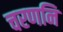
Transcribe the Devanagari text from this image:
चरणनि